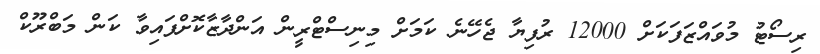
ރިސޯޓު މުވައްޒަފަކަށް 12000 ރުފިޔާ ޖެހޭނެ ކަމަށް މިނިސްޓްރީން އަންދާޒާކޮށްފައިވާ ކަން މަބްރޫކް